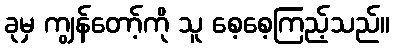
ခုမှ ကျွန်တော့်ကို သူ စေ့စေ့ကြည့်သည်။